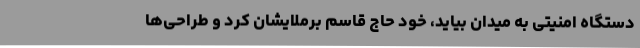
دستگاه امنیتی به میدان بیاید، خود حاج قاسم برملایشان کرد و طراحی‌ها